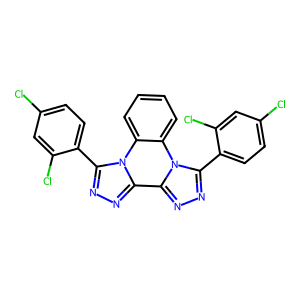
SMILES: Clc1ccc(-c2nnc3c4nnc(-c5ccc(Cl)cc5Cl)n4c4ccccc4n23)c(Cl)c1
Inhibits HIV replication: No